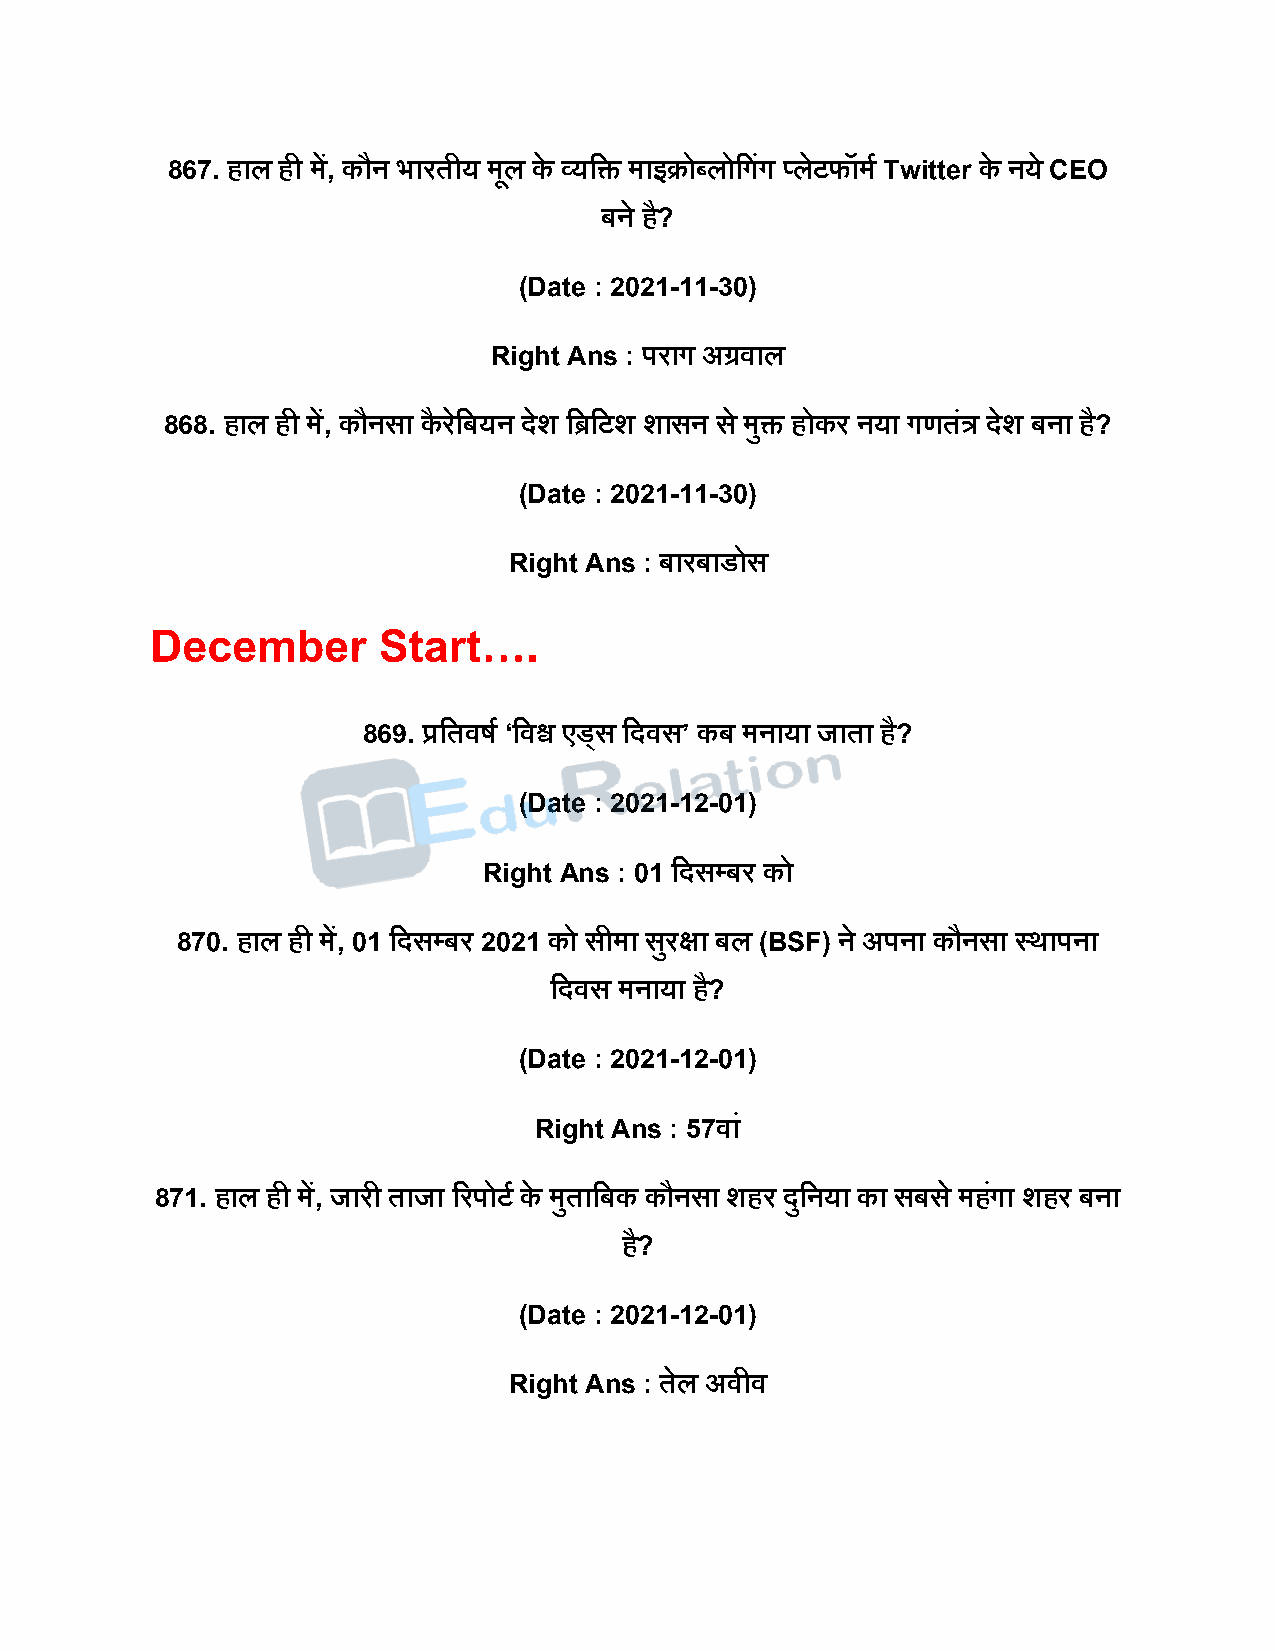
867. हाल ही में, कौन भारतीय मूल के व्यदि माइक्रोब्लोदगंग ्लेटफॉमष Twitter के नये CEO
 बने है?
 (Date : 2021-11-30)
 Right Ans : िराग अग्रवाल
 868. हाल ही में, कौनसा कै रदे बयन िेश दिदटश शासन स े मुि होकर नया गणतंत्र िेश बना है?
 (Date : 2021-11-30)
 Right Ans : बारबाडोस
 December       Start….
 869. प्रदतवर्ष ‘दवश्व एडडस दिवस’ कब मनाया जाता है?
 (Date : 2021-12-01)
 Right Ans : 01 दिसपबर को
 870. हाल ही में, 01 दिसपबर 2021 को सीमा सरु क्षा बल (BSF) ने अिना कौनसा स्थािना
 दिवस मनाया है?
 (Date : 2021-12-01)
 Right Ans : 57वां
 871. हाल ही में, जारी ताजा ररिोटष के मुतादबक कौनसा शहर िुदनया का सबस े महगं ा शहर बना
 है?
 (Date : 2021-12-01)
 Right Ans : तेल अवीव